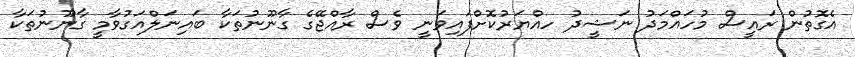
އެގޮތުން ރައީސް މުހައްމަދު ނަޝީދު ހއްޔަރުކޮށްފައިވަނީ ވެސް ރާއްޖޭގެ ގާނޫނުތަކާ ބައިނަލްއަގުވާމީ ގާނޫނުތަކާ